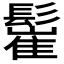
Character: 𩮴